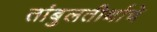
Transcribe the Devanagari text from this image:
तांबुलतीर्थाचे